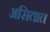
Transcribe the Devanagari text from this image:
असितात